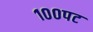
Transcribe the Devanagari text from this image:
१००पट